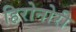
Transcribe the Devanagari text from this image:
हिरोनोरी